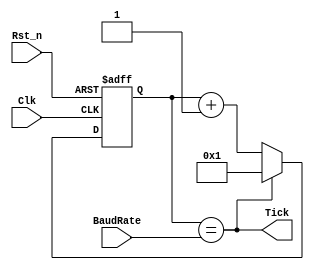
module UART_baudrate_gen(Clk, Rst_n, Tick, BaudRate);
	
	// Input Output Declaration
	input				Clk; 				// Clock input
	input          Rst_n; 			// Reset Input
	input [15:0]	BaudRate; 		// Signal Baud Rate
	
	output         Tick; 			// Generated Tick Pulse (With 16 Times Frequency)
	
	reg [15:0]     baudRateReg; 	// Register Used to Count

	always @(posedge Clk or negedge Rst_n)
		if (!Rst_n)		baudRateReg <= 16'b1;
		else if (Tick) baudRateReg <= 16'b1;
		else 				baudRateReg <= baudRateReg + 1'b1;
	assign Tick = (baudRateReg == BaudRate);
	
endmodule